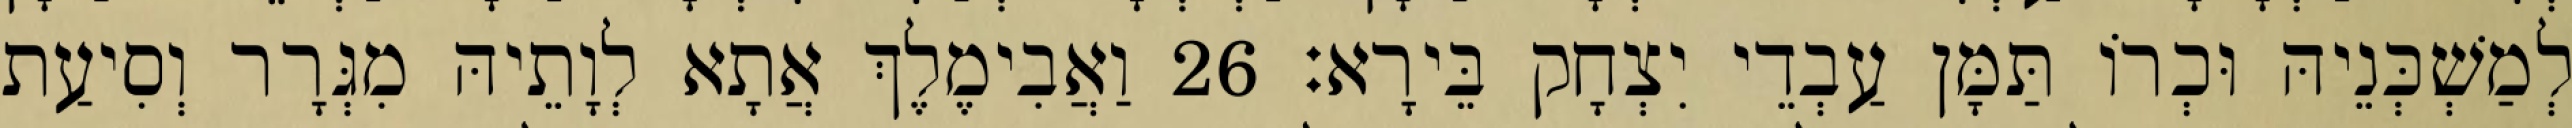
לְמַשְׁכְּנֵיהּ וּכְרוֹ תַּמָּן עַבְדֵי יִצְחָק בֵּירָא׃ 26 וַאֲבִימֶלֶךְ אֲתָא לְוָתֵיהּ מִגְּרָר וְסִיעַת